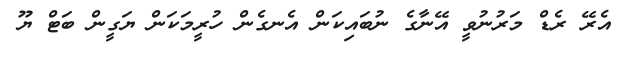
އެރޭ ރެޑް މަރުނުވީ އޭނާގެ ނުބައިކަން އެނގެން ހުރީމަކަން ޔަގީން ބަޓް ޔޫ